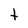
Character: t